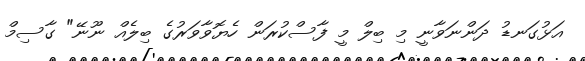
އަޅުގަނޑު ދަންނަވާނީ މި ބިލް މީ ފާސްކުރަން ހެޔޮވާވަރުގެ ބިލެއް ނޫނޭ" ގާސިމް